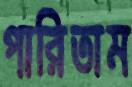
পারিতাম